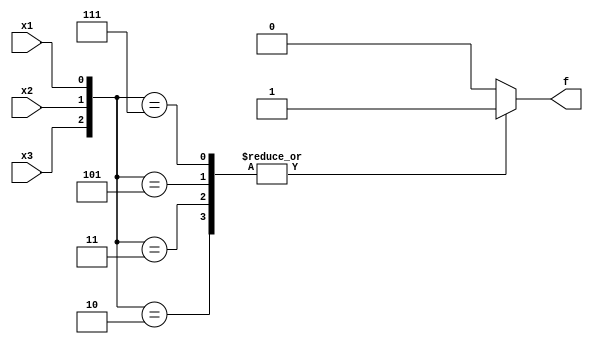
module top_module( 
    input x3,
    input x2,
    input x1,  // three inputs
    output f   // one output
);
    
    always @(*) begin
        case ({x3, x2, x1})
            3'd2: f = 1;
            3'd3: f = 1;
            3'd5: f = 1;
            3'd7: f = 1;
            default: f = 0;
        endcase
    end

endmodule